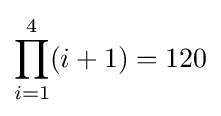
\prod _{i=1}^{4}(i+1)=120